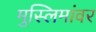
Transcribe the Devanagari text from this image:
मुस्लिमांवर